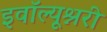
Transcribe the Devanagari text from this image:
इवॉल्यूश्नरी